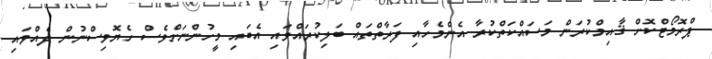
ޕްރޮމޯޓްކޮށް ޤާއިމްކުރަން މަސައްކަތްކުރާ އެންމެހާއި ފަރާތްތައް ބަލިކުރައްވައި އެބައި މީހުންނަށްވެސް ހެޔޮވިސްނުން ދެއްވައި